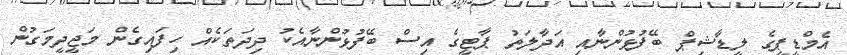
އެމްޑީޕީގެ ލީޑާޝިޕް ބޭފުޅުންނާއި އަދާލަތު ޕާޓީގެ އިސް ބޭފުޅުންނާއެކު ދިދަތަކެއް ހިފައިގެން މަޖީދީމަގުން